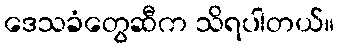
ဒေသခံတွေဆီက သိရပါတယ်။